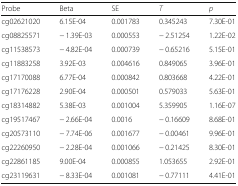
<table><thead><tr><td><b>Probe</b></td><td><b>Beta</b></td><td><b>SE</b></td><td><b><i>T</i></b></td><td><b><i>p</i></b></td></tr></thead><tbody><tr><td>cg02621020</td><td>6.15E-04</td><td>0.001783</td><td>0.345243</td><td>7.30E-01</td></tr><tr><td>cg08825571</td><td>− 1.39E-03</td><td>0.000553</td><td>− 2.51254</td><td>1.22E-02</td></tr><tr><td>cg11538573</td><td>− 4.82E-04</td><td>0.000739</td><td>− 0.65216</td><td>5.15E-01</td></tr><tr><td>cg11883258</td><td>3.92E-03</td><td>0.004616</td><td>0.849065</td><td>3.96E-01</td></tr><tr><td>cg17170088</td><td>6.77E-04</td><td>0.000842</td><td>0.803668</td><td>4.22E-01</td></tr><tr><td>cg17176228</td><td>2.90E-04</td><td>0.000501</td><td>0.579033</td><td>5.63E-01</td></tr><tr><td>cg18314882</td><td>5.38E-03</td><td>0.001004</td><td>5.359905</td><td>1.16E-07</td></tr><tr><td>cg19517467</td><td>− 2.66E-04</td><td>0.0016</td><td>− 0.16609</td><td>8.68E-01</td></tr><tr><td>cg20573110</td><td>− 7.74E-06</td><td>0.001677</td><td>− 0.00461</td><td>9.96E-01</td></tr><tr><td>cg22260950</td><td>− 2.28E-04</td><td>0.001066</td><td>− 0.21425</td><td>8.30E-01</td></tr><tr><td>cg22861185</td><td>9.00E-04</td><td>0.000855</td><td>1.053655</td><td>2.92E-01</td></tr><tr><td>cg23119631</td><td>− 8.33E-04</td><td>0.001081</td><td>− 0.77111</td><td>4.41E-01</td></tr></tbody></table>